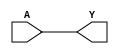
module BUF(A, Y);
  input A;
  output Y;
  assign #2 Y = A;
endmodule

module NOT(A, Y);
  input A;
  output Y;
  assign #2 Y = ~A;
endmodule

module NAND(A, B, Y);
  input A, B;
  output Y;
  assign #2 Y = ~(A & B);
endmodule

module NOR(A, B, Y);
  input A, B;
  output Y;
  assign #2 Y = ~(A | B);
endmodule

module DFF(C, D, Q);
  input C, D; 
  output reg Q;
  always @(posedge C) #2 Q <= D;
endmodule